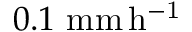
0 . 1 \ \mathrm { m m \, h ^ { - 1 } }